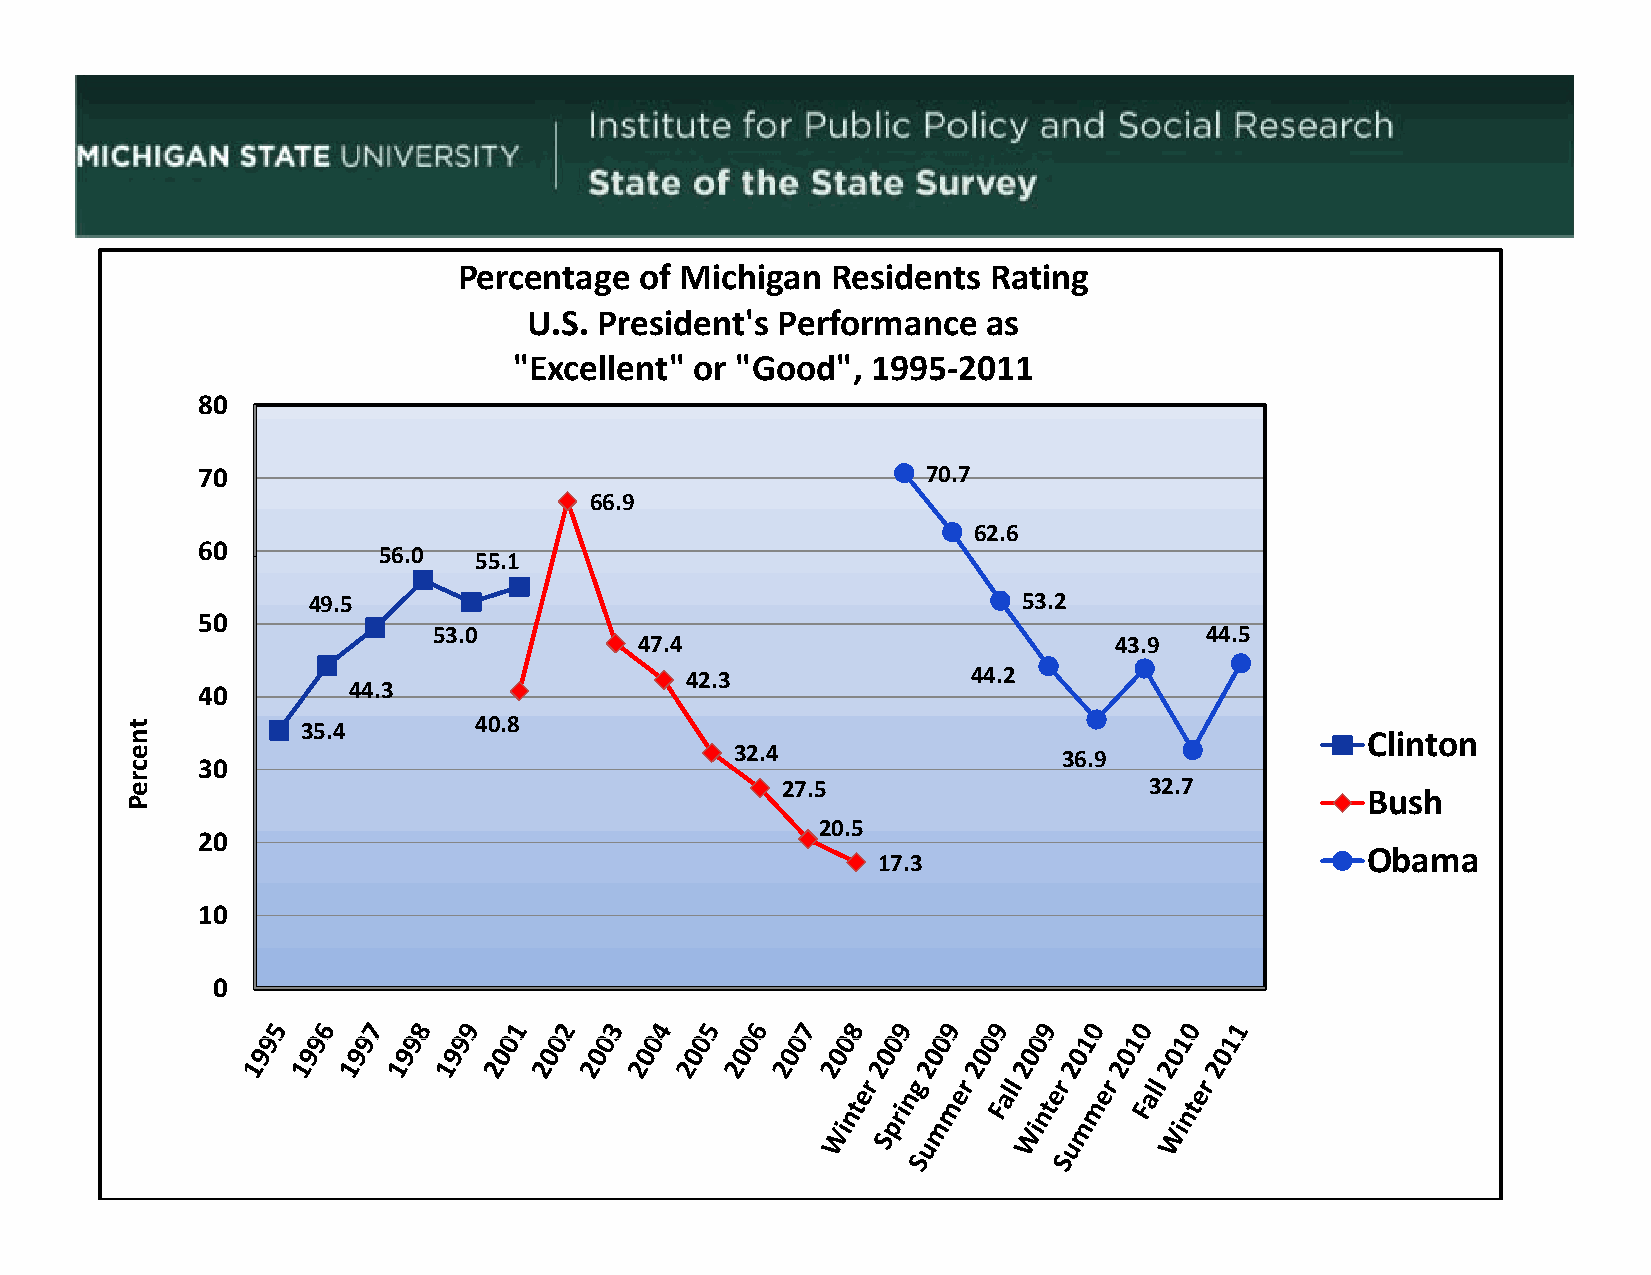
Percentage  of Michigan  Residents Rating
 U.S. President's Performance  as
 "Excellent" or "Good",  1995‐2011
 8800
 70                                              70.7
 66.9
 62.6
 6600
 5566.00
 5555.11
 49.5                                            53.2
 50
 53.0                                               44.5
 47.4                            43.9
 42.3               44.2
 40        44.3
 4400.88 35.4
 Clinton
 32.4                 36.9
 30
 27.5                    32.7
 Bush
 20.5
 20
 Obama
 17.3
 10
 0
 tnecreP